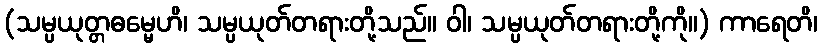
(သမ္ပယုတ္တဓမ္မေဟိ၊ သမ္ပယုတ်တရားတို့သည်။ ဝါ၊ သမ္ပယုတ်တရားတို့ကို။) ကာရေတိ၊